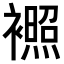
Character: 𬡰